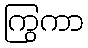
ကြွကာ